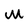
Character: M